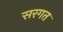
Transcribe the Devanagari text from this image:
सरगत